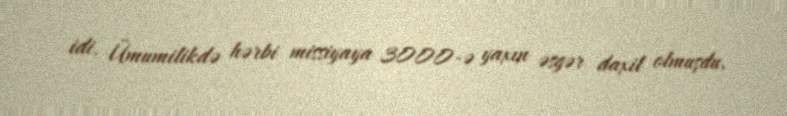
idi. Ümumilikdə hərbi missiyaya 3000-ə yaxın əsgər daxil olmuşdu.